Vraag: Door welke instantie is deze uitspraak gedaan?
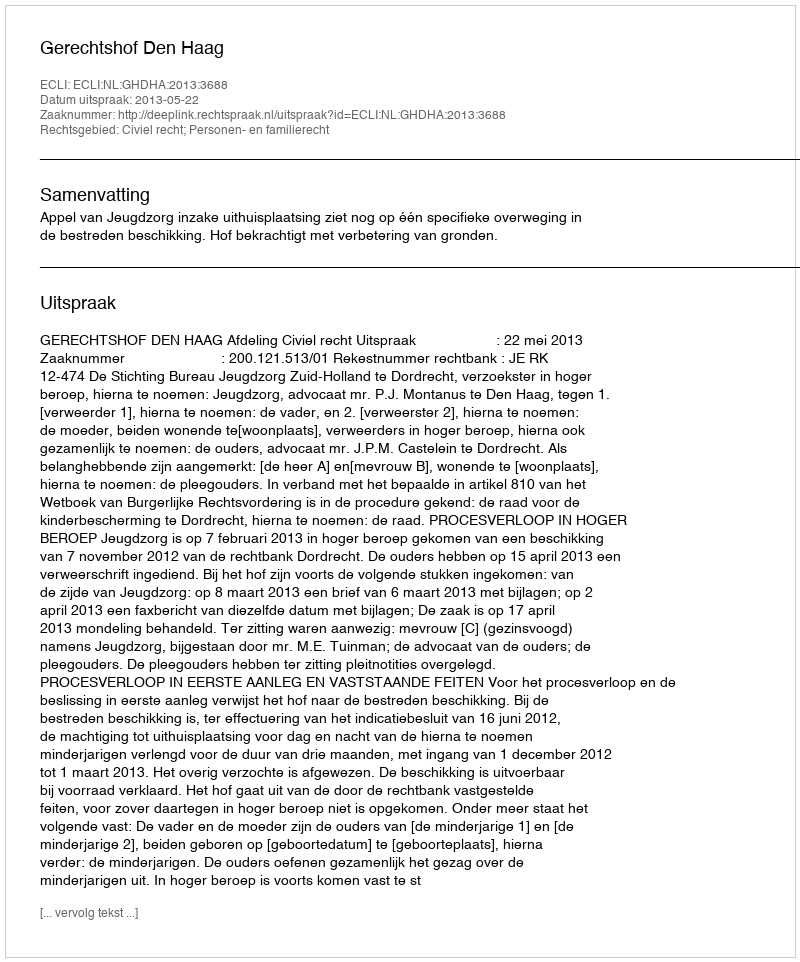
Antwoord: Gerechtshof Den Haag